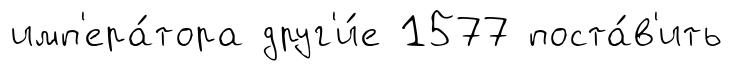
имп'ера́тора друг'и́е 1577 поста́в'ить